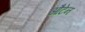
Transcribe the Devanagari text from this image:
औटेन